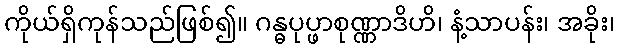
ကိုယ်ရှိကုန်သည်ဖြစ်၍။ ဂန္ဓပုပ္ဖာစုဏ္ဏာဒိဟိ၊ နံ့သာပန်း၊ အခိုး၊